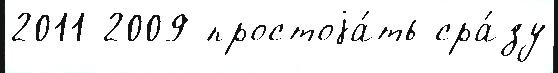
2011 2009 простоjа́ть сра́зу